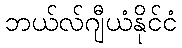
ဘယ်လ်ဂျီယံနိုင်ငံ